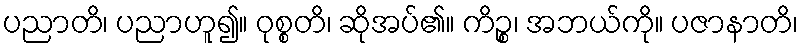
ပညာတိ၊ ပညာဟူ၍။ ဝုစ္စတိ၊ ဆိုအပ်၏။ ကိဉ္စ၊ အဘယ်ကို။ ပဇာနာတိ၊